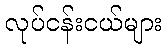
လုပ်ငန်းငယ်များ